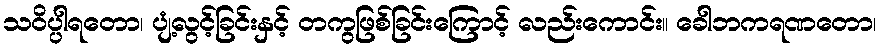
သဝိပ္ပါရတော၊ ပျံ့လွင့်ခြင်းနှင့် တကွဖြစ်ခြင်းကြောင့် လည်းကောင်း။ ခေါဘကရဏတော၊